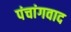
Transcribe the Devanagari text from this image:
पंचांगवाद